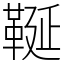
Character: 䩥